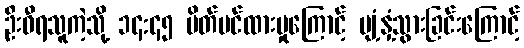
ဦးဝီရသူကဲ့သို့ ၁၄:၄၅ ပိတ်ပင်ထားမှုကြောင့် ပျံ့နှံ့သွားခြင်းကြောင့်